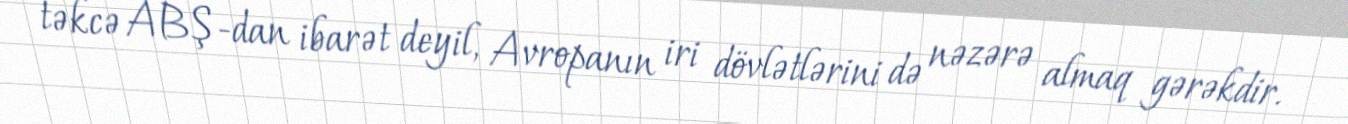
təkcə ABŞ-dan ibarət deyil, Avropanın iri dövlətlərini də nəzərə almaq gərəkdir.